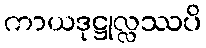
ကာယဒုဋ္ဌုလ္လဿပိ